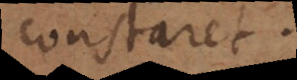
constaret.